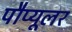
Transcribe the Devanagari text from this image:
पौप्यूलर